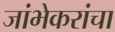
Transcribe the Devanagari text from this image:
जांभेकरांचा